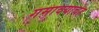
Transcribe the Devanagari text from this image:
गमावयाचेह